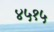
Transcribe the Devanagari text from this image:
४५१५